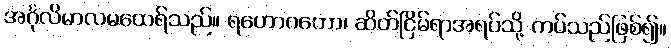
အင်္ဂုလိမာလမထေရ်သည်။ ရဟောဂတော၊ ဆိတ်ငြိမ်ရာအရပ်သို့ ကပ်သည်ဖြစ်၍။